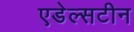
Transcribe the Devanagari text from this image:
एडेल्सटीन